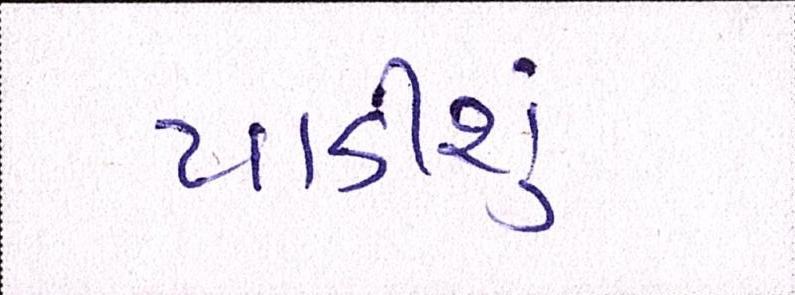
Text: પાડીશું